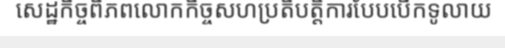
សេដ្ឋកិច្ចពិភពលោកកិច្ចសហប្រតិបត្តិការបែបបើកទូលាយ